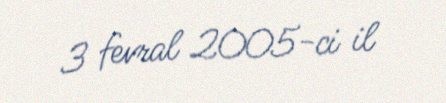
3 fevral 2005-ci il